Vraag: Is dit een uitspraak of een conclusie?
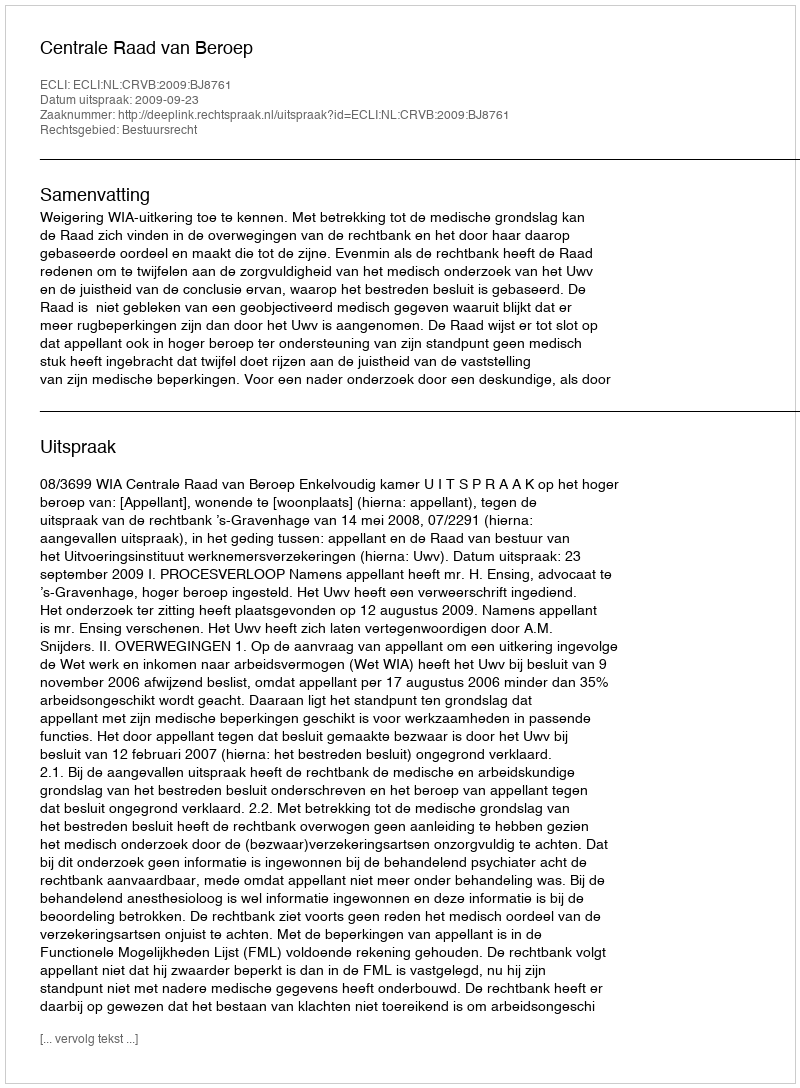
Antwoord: Uitspraak